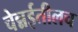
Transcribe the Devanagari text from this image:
चेन्नईतीलच